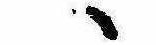
ゝ